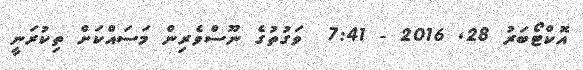
އޮކްޓޯބަރު 28